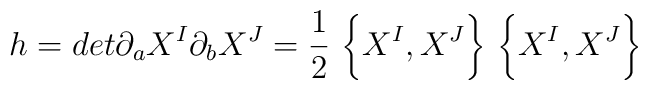
h = det \partial_aX^I \partial_b X^J=\frac{1}{2}~\biggl\{X^I,X^J\biggr\}~\biggl\{ X^I,X^J\biggr\}